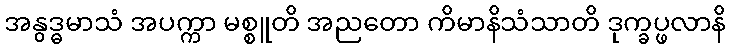
အနွဒ္ဓမာသံ အပက္ကာ မစ္စူတိ အညတော ကိမာနိသံသာတိ ဒုက္ခပ္ဖလာနိ